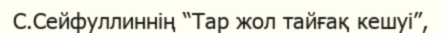
С.Сейфуллиннің “Тар жол тайғақ кешуі”,